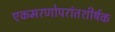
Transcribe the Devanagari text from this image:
एकमरणोपरांतशीर्षक